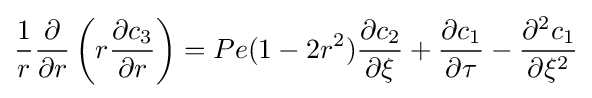
{\frac {1}{r}}{\frac {\partial }{\partial r}}\left(r{\frac {\partial c_{3}}{\partial r}}\right)=Pe(1-2r^{2}){\frac {\partial c_{2}}{\partial \xi }}+{\frac {\partial c_{1}}{\partial \tau }}-{\frac {\partial ^{2}c_{1}}{\partial \xi ^{2}}}